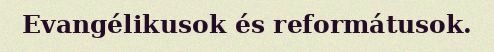
Evangélikusok és reformátusok.